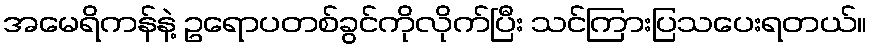
အမေရိကန်နဲ့ ဥရောပတစ်ခွင်ကိုလိုက်ပြီး သင်ကြားပြသပေးရတယ်။